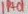
Text: 1H01